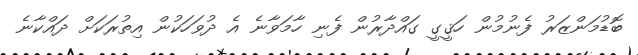
ބޮޑުމަންޒަރު ފެނުމުން ހަޤީގީ ގައްދާރުން ފެނި ހާމަވާނެ އެ ދުވަހަކުން އިތުރަކަށް ދައްކާނެ